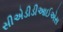
સીએડીડીઆઈએસ